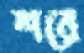
শরে